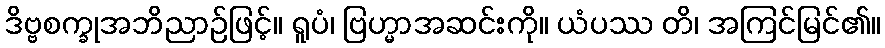
ဒိဗ္ဗစက္ခုအဘိညာဉ်ဖြင့်။ ရူပံ၊ ဗြဟ္မာအဆင်းကို။ ယံပဿ တိ၊ အကြင်မြင်၏။